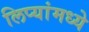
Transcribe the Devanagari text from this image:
लिप्यांमध्ये